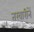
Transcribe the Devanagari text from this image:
तरवारीनें